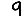
Digit: 9